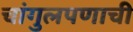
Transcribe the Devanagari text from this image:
चांगुलपणाची